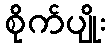
စိုက်ပျိုး